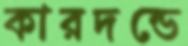
কারদন্ডে